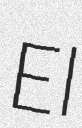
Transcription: El